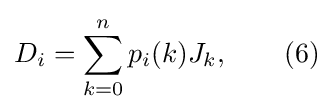
D_{i}=\sum _{k=0}^{n}p_{i}(k)J_{k},\qquad (6)